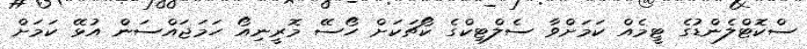
ސްކޮޓްލެންޑުގެ ޓީމެއް ކަމަށްވާ ސެލްޓިކްގެ ކޯޗަކަށް ހޯސޭ މޮރީނިއޯ ހަމަޖައްސަން އުޅޭ ކަމަށް